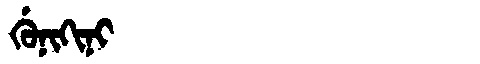
Manchu: ᡤᡠᠨᡳᡴᡳᠨᡳ
Romanization: GUNIKINI